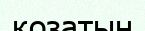
қозатын